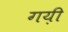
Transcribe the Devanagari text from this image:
गय़ी